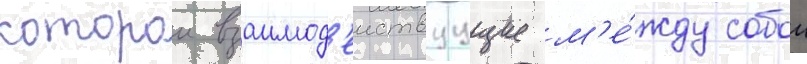
которои взаимод'еиствуущие м'е́жду собои